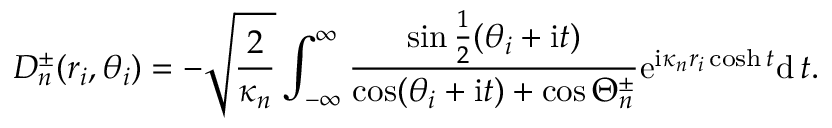
D _ { n } ^ { \pm } ( r _ { i } , \theta _ { i } ) = - \sqrt { \frac { 2 } { \kappa _ { n } } } \int _ { - \infty } ^ { \infty } \frac { \sin \frac { 1 } { 2 } ( \theta _ { i } + \mathrm { i } t ) } { \cos ( \theta _ { i } + \mathrm { i } t ) + \cos \Theta _ { n } ^ { \pm } } \mathrm { e } ^ { \mathrm { i } \kappa _ { n } r _ { i } \cosh t } \mathrm { d } \, t .